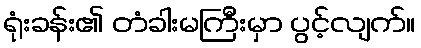
ရုံးခန်း၏ တံခါးမကြီးမှာ ပွင့်လျက်။